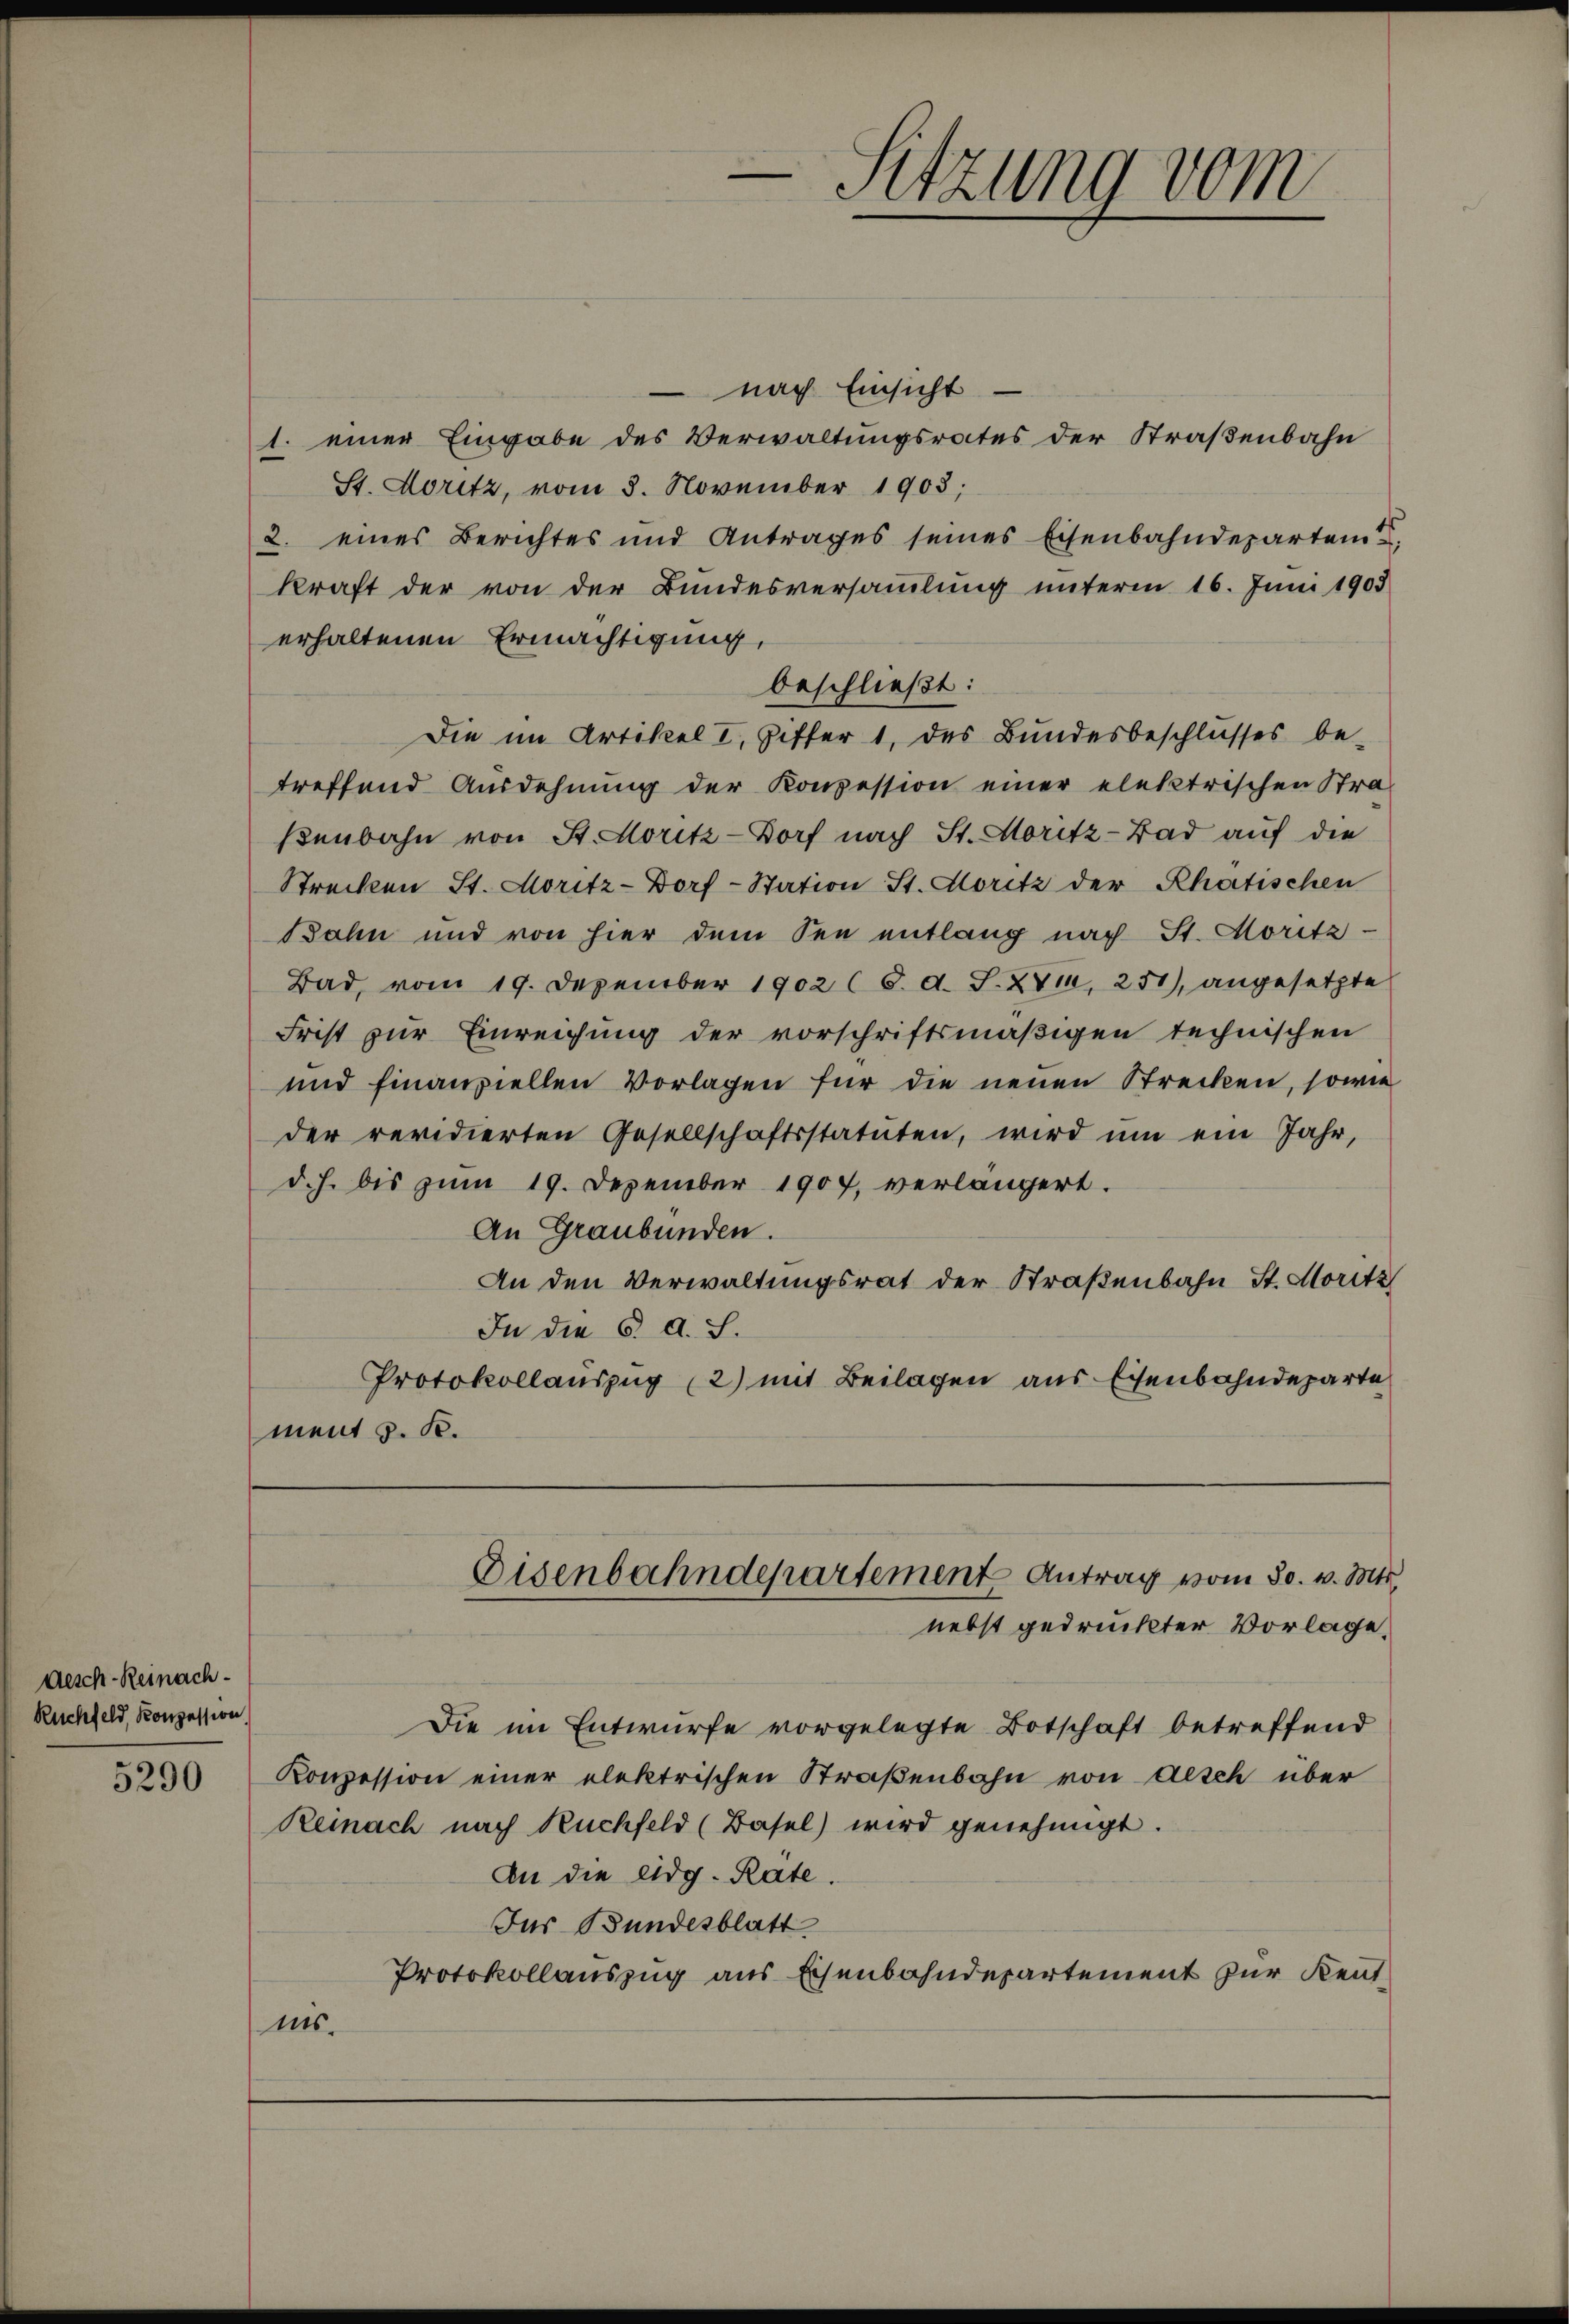
desch-Reinach¬
Ruchfeld, Konzession.

5290

nach Einsicht
1. einer Eingabe des Verwaltungsrates der Straßenbahn
St. Moritz, vom 8. November 1903;
2. eines Berichtes und Antrages seines Eisenbahndepartem
kraft der von der Bundesversammlung unterm 16. Juni 1903
erhaltenen Ermächtigung,
beschließt:
Die im Artikel I Ziffer 1, des Bundesbeschlusses be-
treffend Ausdehnung der Konzession einer elektrischen Stra-
ßenbahn von St. Moritz-Dorf nach St. Moritz- Bad auf die
Strecken St. Moritz-Dorf-Station St. Moritz der Rhatischen
Bahn und von hier dem See entlang nach St. Moritz-
Bad, vom 19. Dezember 1902 (8. d. S. 2714, 251), angesetzte
Frist zur Einreichung der vorschriftsmäβigen technischen
und finanziellen Vorlagen für die neuen Strecken, sowie
der revidierten Gesellschaftsstatuten, wird ŭm ein Jahr,
d. h. bis zum 19. Dezember 1907, verlängert.
An Graubünden.
An den Verwaltungsrat der Straßenbahn St. Moritz
In die 6. d. S.
Protokollauszug (2) mit Beilagen aus Eisenbahndeparte
ment v. K.

Die im Entwurfe vorgelegte Botschaft betreffend
Konzession einer elektrischen Straßenbahn von Aesch über
Reinach nach Ruchfeld (Basel) wird genehmigt.
An die eidg. Rate.
Jus Bundesblatt
Protokollauszug aus Eisenbahndepartement zur Kentas.

-Sitzung vom

Eisenbahndepartement Antrag vom 30. v. Mts.
nebst gedruckter Vorlage,